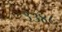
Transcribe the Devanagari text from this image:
३३४८